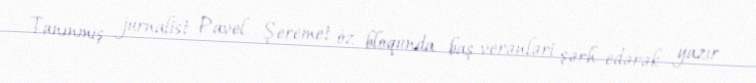
Tanınmış jurnalist Pavel Şeremet öz bloqunda baş verənləri şərh edərək yazır